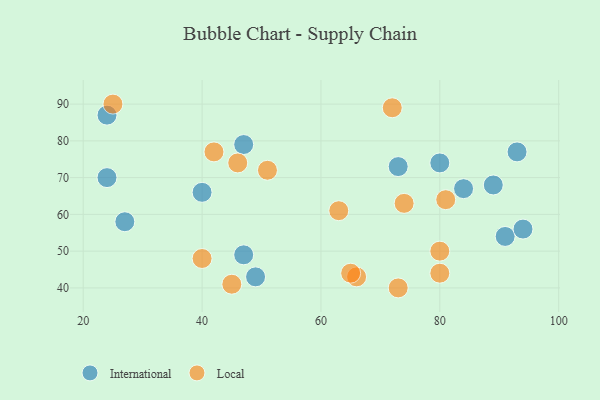
{"axis": {"x": "GDP", "y": "Life Expectancy"}, "legend": ["International", "Local"], "data": [{"x": "91", "y": 54, "type": "International"}, {"x": "27", "y": 58, "type": "International"}, {"x": "89", "y": 68, "type": "International"}, {"x": "49", "y": 43, "type": "International"}, {"x": "24", "y": 70, "type": "International"}, {"x": "84", "y": 67, "type": "International"}, {"x": "94", "y": 56, "type": "International"}, {"x": "93", "y": 77, "type": "International"}, {"x": "73", "y": 73, "type": "International"}, {"x": "80", "y": 74, "type": "International"}, {"x": "47", "y": 79, "type": "International"}, {"x": "40", "y": 66, "type": "International"}, {"x": "24", "y": 87, "type": "International"}, {"x": "47", "y": 49, "type": "International"}, {"x": "63", "y": 61, "type": "Local"}, {"x": "81", "y": 64, "type": "Local"}, {"x": "80", "y": 50, "type": "Local"}, {"x": "42", "y": 77, "type": "Local"}, {"x": "51", "y": 72, "type": "Local"}, {"x": "40", "y": 48, "type": "Local"}, {"x": "73", "y": 40, "type": "Local"}, {"x": "66", "y": 43, "type": "Local"}, {"x": "46", "y": 74, "type": "Local"}, {"x": "72", "y": 89, "type": "Local"}, {"x": "80", "y": 44, "type": "Local"}, {"x": "25", "y": 90, "type": "Local"}, {"x": "45", "y": 41, "type": "Local"}, {"x": "74", "y": 63, "type": "Local"}, {"x": "65", "y": 44, "type": "Local"}]}